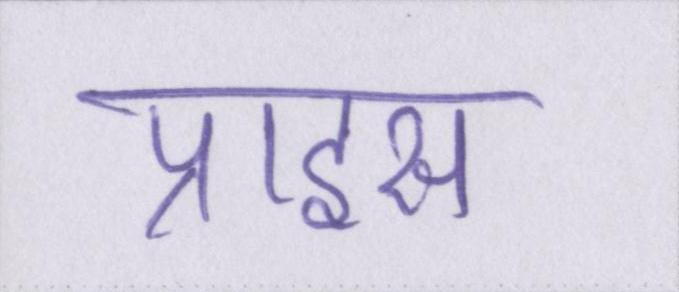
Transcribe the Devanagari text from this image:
प्राइस